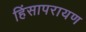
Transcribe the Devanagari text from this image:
हिंसापरायण